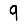
Digit: 9